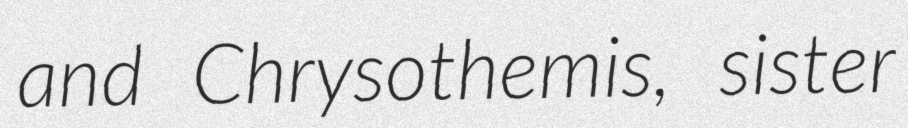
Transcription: and Chrysothemis, sister